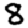
Digit: 8